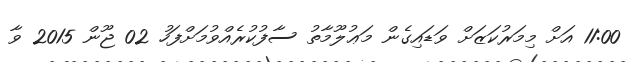
11:00 އަށް މިމަރުކަޒަށް ވަޑައިގެން މަޢުލޫމާތު ސާފުކުރެއްވުމަށްފަހު 02 ޖޫން 2015 ވާ